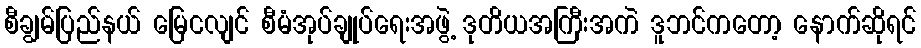
စီချွမ်ပြည်နယ် မြေငလျင် စီမံအုပ်ချုပ်ရေးအဖွဲ့ ဒုတိယအကြီးအကဲ ဒူဘင်ကတော့ နောက်ဆိုရင်